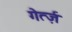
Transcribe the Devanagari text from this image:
गेर्त्ज़